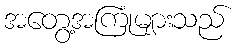
အတွေ့အကြုံများသည်